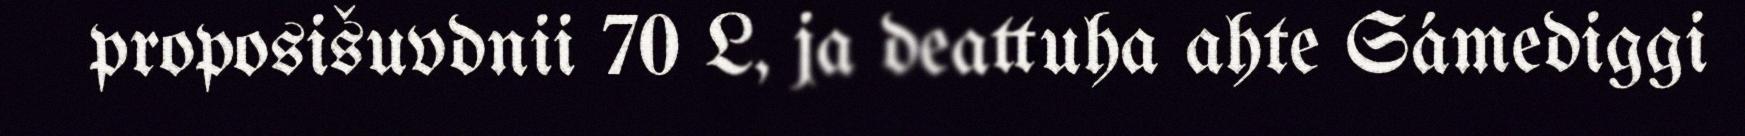
proposišuvdnii 70 L, ja deattuha ahte Sámediggi